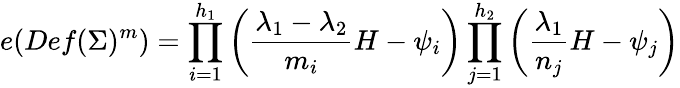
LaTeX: e(Def(\Sigma)^{m})=\prod_{i=1}^{h_{1}}\left({\frac{\lambda_{1}-\lambda_{2}}{m_{i}}}H-\psi_{i}\right)\prod_{j=1}^{h_{2}}\left({\frac{\lambda_{1}}{n_{j}}}H-\psi_{j}\right)